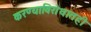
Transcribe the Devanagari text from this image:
करण्याविरोधातही